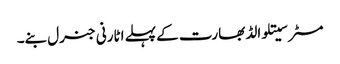
مسٹر سیتلوالڈ بھارت کے پہلے اٹارنی جنرل بنے۔